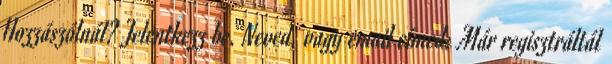
Hozzászólnál? Jelentkezz be. Neved, vagy email címed: Már regisztráltál